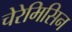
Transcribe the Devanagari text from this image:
चेरेमिसिन